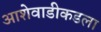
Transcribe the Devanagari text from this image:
आशेवाडीकडला